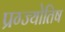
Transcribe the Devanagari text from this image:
प्रग्ज्योतिष